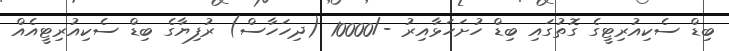
ބިޑް ސެކިއުރިޓީގެ ގޮތުގައި ބިޑް ހުށަހަޅާއިރު -/10000 (ދިހަހާސް) ރުފިޔާގެ ބިޑް ސެކިއުރިޓީއެއް